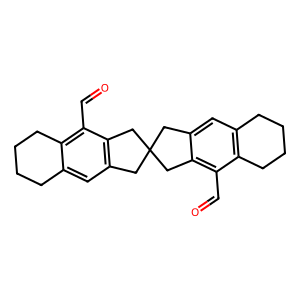
SMILES: O=Cc1c2c(cc3c1CC1(C3)Cc3cc4c(c(C=O)c3C1)CCCC4)CCCC2
Inhibits HIV replication: No